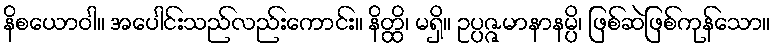
နိစယောဝါ။ အပေါင်းသည်လည်းကောင်း။ နိတ္ထိ၊ မရှိ။ ဥပ္ပဇ္ဇမာနာနမ္ပိ၊ ဖြစ်ဆဲဖြစ်ကုန်သော။